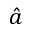
\hat { a }